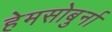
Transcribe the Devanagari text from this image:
हेमसोबुर्ना